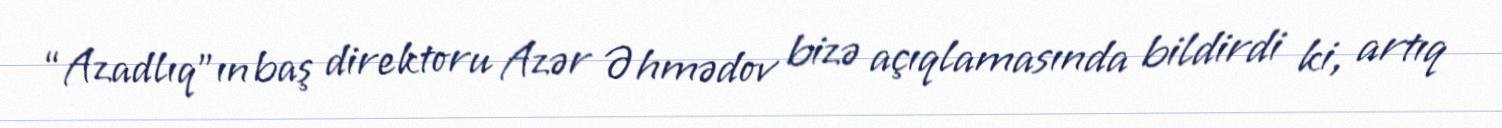
“Azadlıq”ın baş direktoru Azər Əhmədov bizə açıqlamasında bildirdi ki, artıq